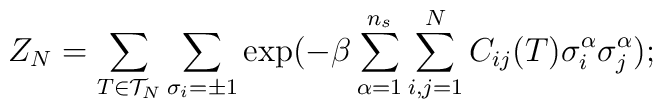
Z_N = \sum_{T\in{\cal{T}}_N} \sum_{\sigma_i =  \pm 1}\exp ( -\beta\sum_{\alpha=1}^{n_s} \sum_{i,j=1}^{N} C_{ij}(T)\sigma_i^{\alpha}\sigma_j^{\alpha});\protect